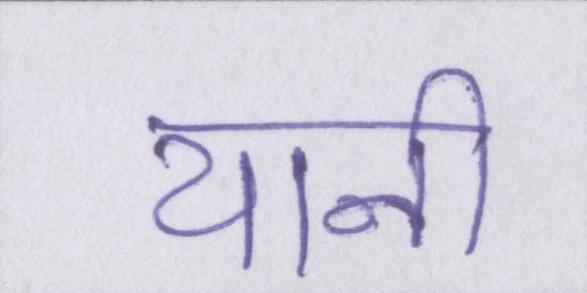
यानी